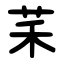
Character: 䒩